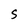
Character: S